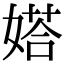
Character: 㜓